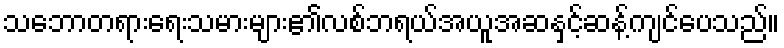
သဘောတရားရေးသမားများ၏လစ်ဘရယ်အယူအဆနှင့်ဆန့်ကျင်ပေသည်။